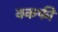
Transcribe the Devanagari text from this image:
क्कफी